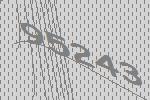
95243